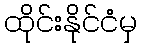
ထိုင်းနိုင်ငံမှ